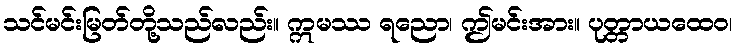
သင်မင်းမြတ်တို့သည်လည်း။ ဣမဿ ရညော၊ ဤမင်းအား။ ပုတ္တာယထေဝ၊